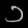
Digit: ၁